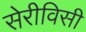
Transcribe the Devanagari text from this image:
सेरीविसी